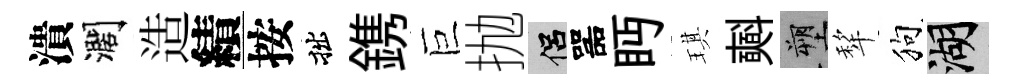
潰濶造績按拙鎸巨抛侣噐眄琪𣂏塑犂狗湖